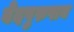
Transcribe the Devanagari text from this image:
वेदपुरुषाय